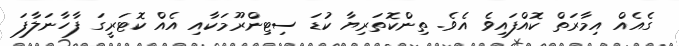
ގެއެއް އިމާރަތް ކޮއްފައިވެ އެވެ. ތިންކޮތަރިޔާ ކުޑަ ސިޓިންރޫމަކާއި އެއް ކޮޓަރީގަ ފާހާނަލާފަ